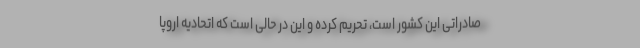
صادراتی این کشور است، تحریم کرده و این در حالی است که اتحادیه اروپا